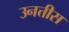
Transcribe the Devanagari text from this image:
उनत्तीस